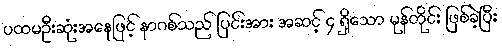
ပထမဦးဆုံးအနေဖြင့် နာဂစ်သည် ပြင်းအား အဆင့် ၄ ရှိသော မုန်တိုင်း ဖြစ်ခဲ့ပြီး